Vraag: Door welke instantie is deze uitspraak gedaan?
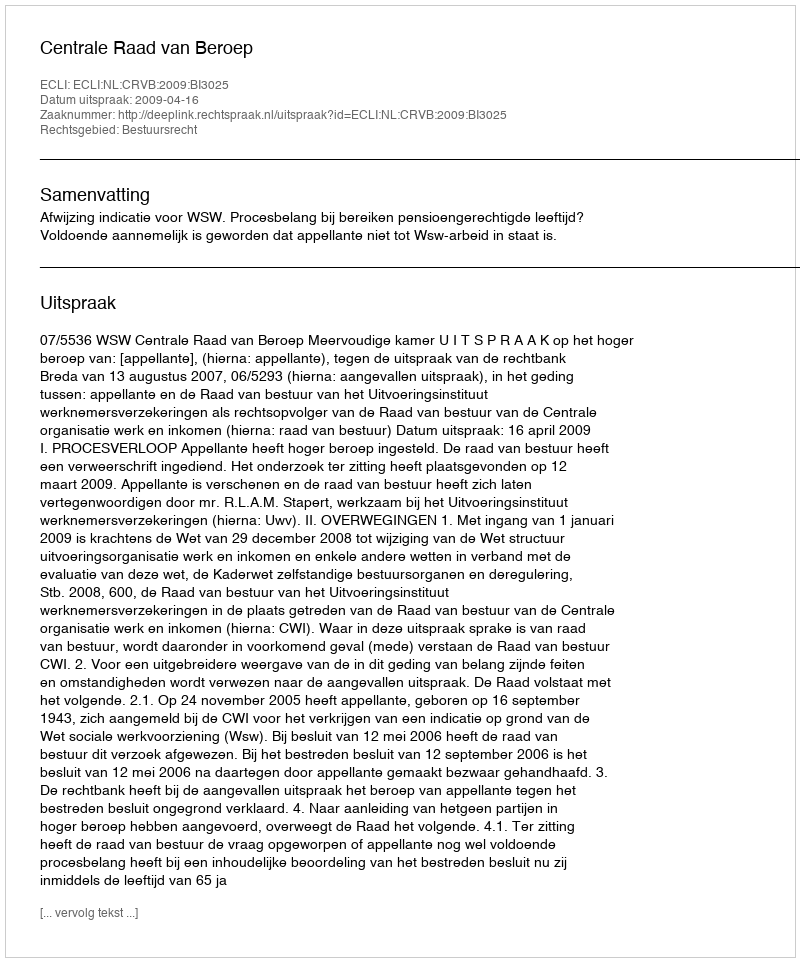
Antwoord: Centrale Raad van Beroep